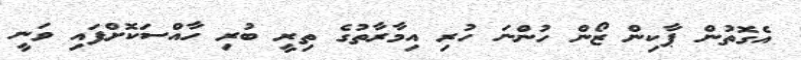
އެގޮތުން ޕާކިން ޒޯން ހުންނަ ހުރި އިމާރާތުގެ ތިރީ ބުރި ހާއްސަކޮށްފައި ވަނީ